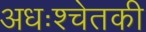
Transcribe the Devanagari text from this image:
अधःश्चेतकी